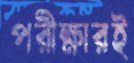
পরীক্ষারই